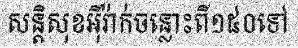
សន្តិសុខអ៊ីរ៉ាក់ចន្លោះពី១៥០ទៅ